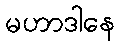
မဟာဒါနေ